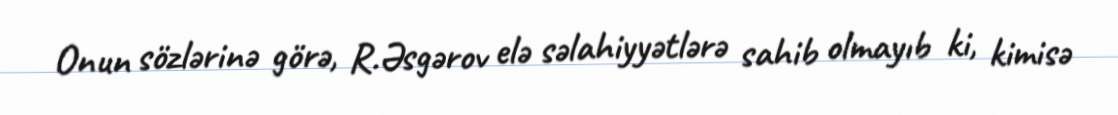
Onun sözlərinə görə, R.Əsgərov elə səlahiyyətlərə sahib olmayıb ki, kimisə